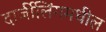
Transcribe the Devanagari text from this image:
दार्जीलिंगमधील